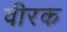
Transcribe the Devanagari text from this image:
वीरक